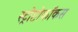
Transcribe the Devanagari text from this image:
स्ट्रोप्टोकॉकस